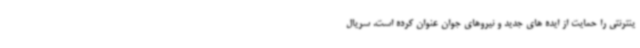
ینترنتی را حمایت از ایده های جدید و نیروهای جوان عنوان کرده است. سریال